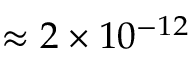
\approx 2 \times 1 0 ^ { - 1 2 }